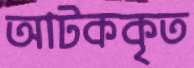
আটককৃত